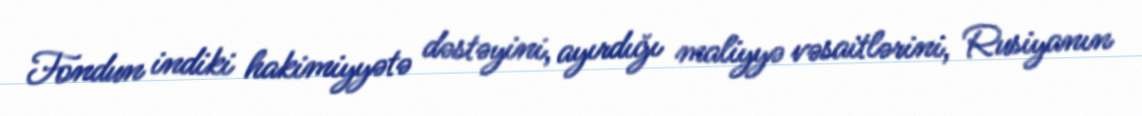
Fondun indiki hakimiyyətə dəstəyini, ayırdığı maliyyə vəsaitlərini, Rusiyanın